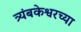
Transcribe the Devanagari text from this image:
त्र्यंबकेश्वरच्या